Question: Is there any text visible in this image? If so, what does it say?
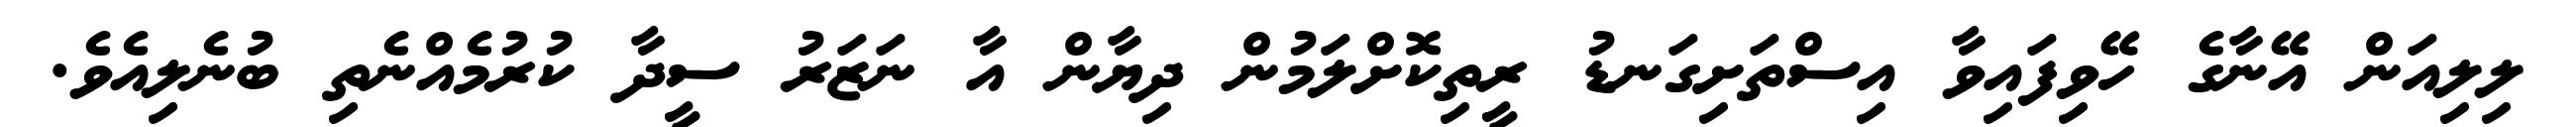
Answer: ލިލިއަން އޭނާގެ ހޭވިފައިވާ އިސްތަށިގަނޑު ރީތިކޮށްލަމުން ދިޔާން އާ ނަޒަރު ސީދާ ކުރުމެއްނެތި ބުނެލިއެވެ.